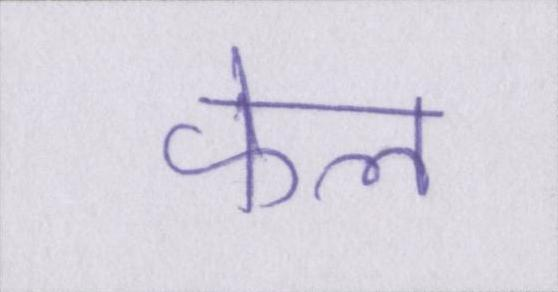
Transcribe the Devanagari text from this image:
फेल